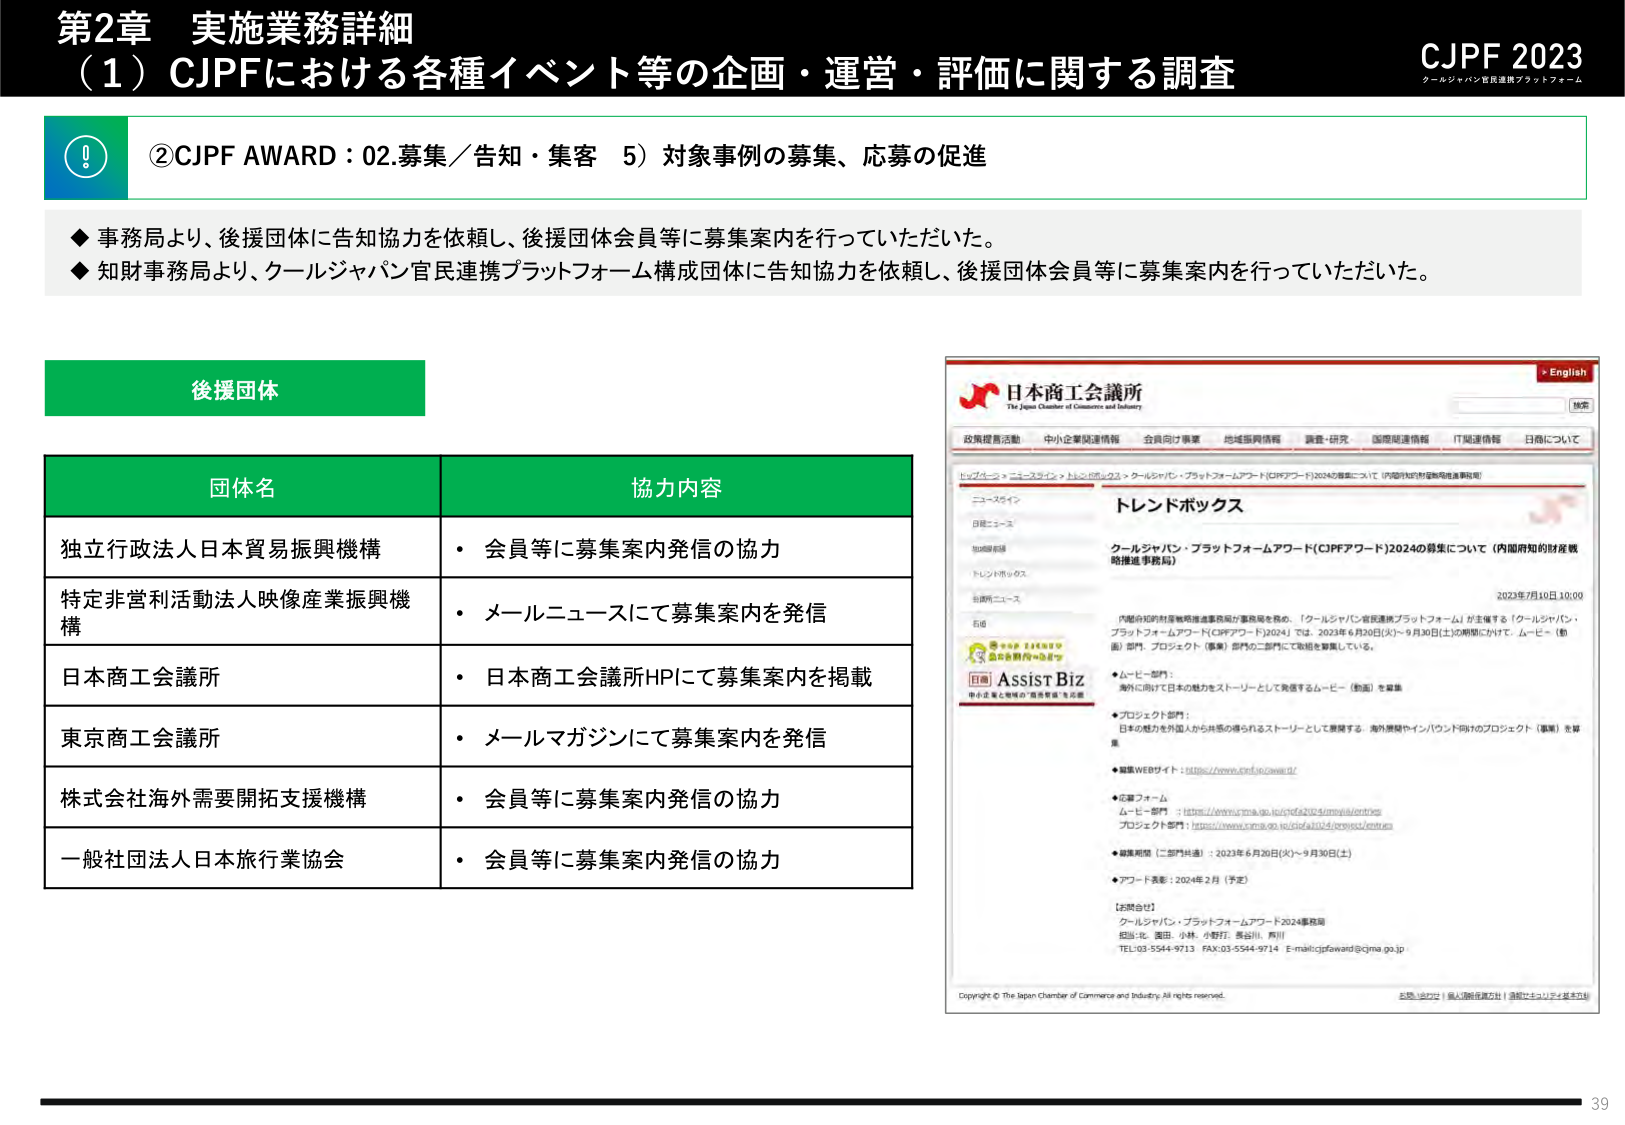
第2章 実施業務詳細
（1）CJPFにおける各種イベント等の企画・運営・評価に関する調査
CJPF 2023
クールジャパン官民連携プラットフォーム

②CJPF AWARD：02.募集／告知・集客 5）対象事例の募集、応募の促進

◆ 事務局より、後援団体に告知協力を依頼し、後援団体会員等に募集案内を行っていただいた。
◆ 知財事務局より、クールジャパン官民連携プラットフォーム構成団体に告知協力を依頼し、後援団体会員等に募集案内を行っていただいた。

後援団体

団体名 協力内容
独立行政法人日本貿易振興機構 ・ 会員等に募集案内発信の協力
特定非営利活動法人映像産業振興機構 ・ メールニュースにて募集案内を発信
日本商工会議所 ・ 日本商工会議所HPにて募集案内を掲載
東京商工会議所 ・ メールマガジンにて募集案内を発信
株式会社海外需要開拓支援機構 ・ 会員等に募集案内発信の協力
一般社団法人日本旅行業協会 ・ 会員等に募集案内発信の協力

日本商工会議所
The Japan Chamber of Commerce and Industry
政策提言活動 中小企業関連情報 会員向け事業 地域振興情報 調査・研究 国際関連情報 IT関連情報 日商について
English 検索

トップページ > ニュースライン > トレンドボックス > クールジャパン・プラットフォームアワード（CJPFアワード）2024の募集について（内閣府知的財産戦略推進事務局）

トレンドボックス
クールジャパン・プラットフォームアワード（CJPFアワード）2024の募集について（内閣府知的財産戦略推進事務局）
2023年7月10日 10:00

内閣府知的財産戦略推進事務局が事務局を務め、「クールジャパン官民連携プラットフォーム」が主催する「クールジャパン・プラットフォームアワード（CJPFアワード）2024」は、2023年6月20日（火）～9月30日（土）の期間にかけて、ムービー（動画）部門、プロジェクト（事業）部門の二部門にて取組を募集している。

・ムービー部門：
海外に向けて日本の魅力をストーリーとして発信するムービー（動画）を募集

・プロジェクト部門：
日本の魅力を外国人から共感の得られるストーリーとして展開する、海外展開やインバウンド向けのプロジェクト（事業）を募集

◆応募WEBサイト：https://www.cjpf.jp/award/

◆応募フォーム
ムービー部門：https://www.cjma.go.jp/cjpf2024/movies/entries
プロジェクト部門：https://www.cjma.go.jp/cjpf2024/projects/entries

◆募集期間（二部門共通）：2023年6月20日（火）～9月30日（土）
◆アワード表彰：2024年2月（予定）

【お問合せ】
クールジャパン・プラットフォームアワード2024事務局
担当：北、園田、小林、小野村、長谷川、荒川
TEL:03-5544-9713 FAX:03-5544-9714 E-mail:cjpfaward@cjma.go.jp

Copyright © The Japan Chamber of Commerce and Industry. All rights reserved.
お問い合わせ | 個人情報保護方針 | 会社にエコリテイズを！

39